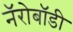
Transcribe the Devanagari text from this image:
नॅरोबॉडी